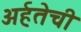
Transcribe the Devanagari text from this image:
अर्हतेची